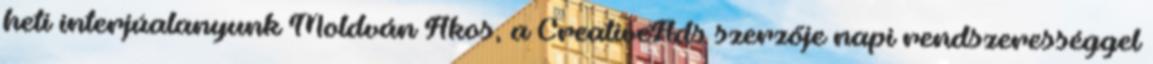
heti interjúalanyunk Moldván Ákos, a CreativeAds szerzője napi rendszerességgel